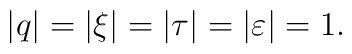
|q|=|\xi|=|\tau|=|\varepsilon|=1.